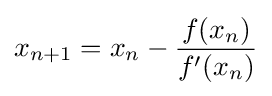
x_{n+1}=x_{n}-{\frac {f(x_{n})}{f^{\prime }(x_{n})}}